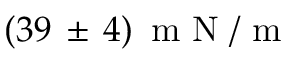
( 3 9 \, \pm \, 4 ) \, \mathrm { ~ m ~ N ~ / ~ m ~ }